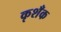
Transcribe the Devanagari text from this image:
कृशँक